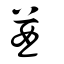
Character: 酋